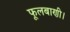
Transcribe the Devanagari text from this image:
फूलबाणी।